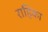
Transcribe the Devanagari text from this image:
राहिका